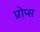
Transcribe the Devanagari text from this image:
प्रोप्स